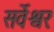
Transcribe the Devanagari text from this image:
सर्वेश्वरः